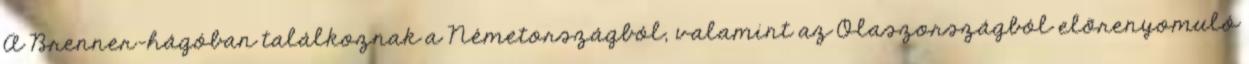
A Brenner-hágóban találkoznak a Németországból, valamint az Olaszországból elõrenyomuló